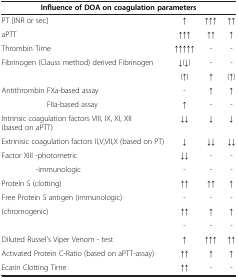
| <COLSPAN=4> Influence of DOA on coagulation parameters |
 | --- | --- | --- | --- |
 | PT [INR or sec] | ↑ | ↑↑↑ | ↑↑ |
 | aPTT | ↑↑↑ | ↑↑ | ↑ |
 | Thrombin Time | ↑↑↑↑↑ | - | - |
 | Fibrinogen (Clauss method) derived Fibrinogen | ↓(↓) | - | - |
 |  | (↑) | ↑ | (↑) |
 | Antithrombin FXa-based assay | - | ↑ | ↑ |
 | FIIa-based assay | ↑ | - | - |
 | Intrinsic coagulation factors VIII, IX, XI, XII (based on aPTT) | ↓↓ | ↓ | ↓ |
 | Extrinisic coagulation factors II,V,VII,X (based on PT) | ↓ | ↓↓ | ↓↓ |
 | Factor XIII -photometric | ↓↓ | - | - |
 | -immunologic | - | - | - |
 | Protein S (clotting) | ↑↑ | ↑↑ | ↑ |
 | Free Protein S antigen (immunologic) | - | - | - |
 | (chromogenic) | ↑↑ | ↑ | ↑ |
 |  | - | - | - |
 | Diluted Russel’s Viper Venom - test | ↑ | ↑↑↑ | ↑↑ |
 | Activated Protein C-Ratio (based on aPTT-assay) | ↑↑ | ↑ | ↑ |
 | Ecarin Clotting Time | ↑↑ | - | - |